Indian journal of veterinary science and animal husbandry - Volume 6,
Year: 1936
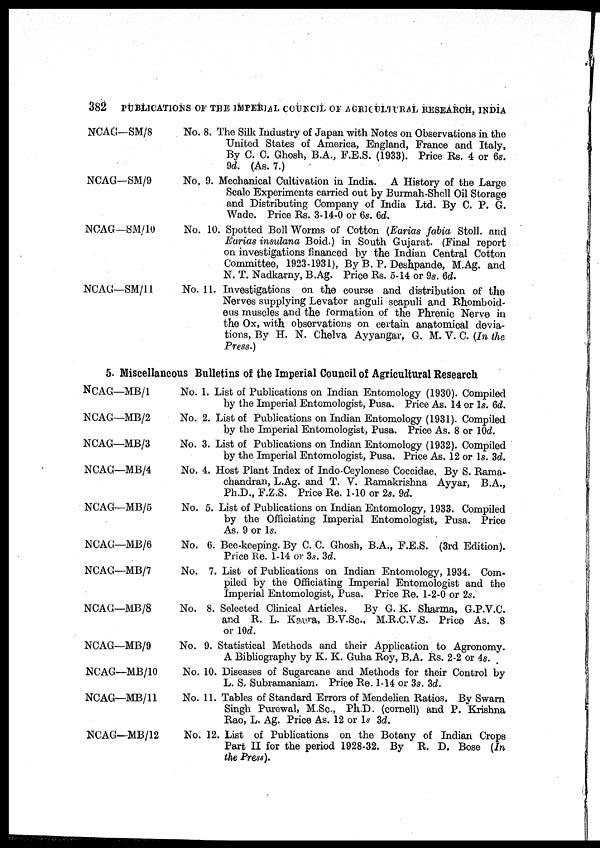
382 PUBLICATIONS OF THE IMPERIAL COUNCIL OF AGRICULTURAL RESEARCH, INDIA
NCAG—SM/8
NCAG—SM/9
NCAG—SM/10
NCAG—SM/11
No. 8. The Silk Industry of Japan with Notes on Observations in the
United States of America, England, France and Italy,
By C. C. Ghosh, B.A., F.E.S. (1933). Price Rs. 4 or 6s.
9d. (As. 7.)
No. 9. Mechanical Cultivation in India. A History of the Large
Scale Experiments carried out by Burmah-Shell Oil Storage
and Distributing Company of India Ltd. By C. P. G.
Wade. Price Rs. 3-14-0 or 6s. 6d.
No. 10. Spotted Boll Worms of Cotton (Earias fabia Stoll. and
Earias insulana Boid.) in South Gujarat. (Final report
on investigations financed by the Indian Central Cotton
Committee, 1923-1931), By B. P. Deshpande, M.Ag. and
N. T. Nadkarny, B.Ag. Price Rs. 5-14 or 9s. 6d.
No. 11. Investigations on the course and distribution of the
Nerves supplying Levator anguli scapuli and Rhomboid-
eus muscles and the formation of the Phrenic Nerve in
the Ox, with observations on certain anatomical devia-
tions, By H. N. Chelva Ayyangar, G. M. V. C. (In the
Press.)
5. Miscellaneous Bulletins of the Imperial Council of Agricultural Research
NCAG—MB/1
NCAG—MB/2
NCAG—MB/3
NCAG—MB/4
NCAG—MB/5
NCAG—MB/6
NCAG—MB/7
NCAG—MB/8
NCAG—MB/9
NCAG—MB/10
NCAG—MB/11
NCAG—MB/12
No.1 List of Publications on Indian Entomology (1930). Compiled
by the Imperial Entomologist, Pusa. Price As. 14 or 1s. 6d.
No.2 List of Publications on Indian Entomology (1931). Compiled
by the Imperial Entomologist, Pusa. Price As. 8 or 6d.
No.3 List of Publications on Indian Entomology (1932). Compiled
by the Imperial Entomologist, Pusa. Price As. 12 or 1s. 3d.
No.4 Host Plant Index of Indo-Ceylonese Coccidae. By S. Rama-
chandran, L.Ag. and T. V. Ramakrishna Ayyar, B.A.,
Ph.D., F.Z.S. Price Re. 1-10 or 2s. 9d.
No.5 List of Publications on Indian Entomology, 1933. Compiled
by the Officiating Imperial Entomologist, Pusa. Price
As. 9 or 1s.
No.6 Bee-keeping. By C. C. Ghosh, B.A., F.E.S. (3rd Edition).
Price Re. 1-14 or 3s. 3d.
No.7 List of Publications on Indian Entomology, 1934. Com-
piled by the Officiating Imperial Entomologist and the
Imperial Entomologist, Pusa. Price Re. 1-2-0 or 2s.
No.8 Selected Clinical Articles. By G. K. Sharma, G.P.V.C.
and R. L. Kaura, B.V.Sc., M.R.C.V.S. Price As. 8
or 10d.
No.9 Statistical Methods and their Application to Agronomy.
A Bibliography by K. K. Guha Roy, B.A. Rs. 2-2 or 4s.
No.10 Diseases of Sugarcane and Methods for their Control by
L. S. Subramaniam. Price Re. 1-14 or 3s. 3d.
No.11 Tables of Standard Errors of Mendelien Ratios. By Swarn
Singh Purewal, M.Sc., Ph.D. (cornell) and P. Krishna
Rao, L. Ag. Price As. 12 or 1s 3d.
No.12 List of Publications on the Botany of Indian Crops
Part II for the period 1928-32. By R. D. Bose (In
the Press).